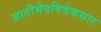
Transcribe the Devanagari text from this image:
जातीभेदविवेकसार